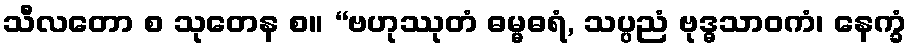
သီလတော စ သုတေန စ။ “ဗဟုဿုတံ ဓမ္မဓရံ, သပ္ပညံ ဗုဒ္ဓသာဝကံ၊ နေက္ခံ